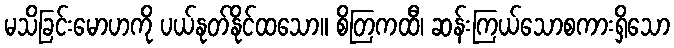
မသိခြင်းမောဟကို ပယ်နုတ်နိုင်ထသော။ စိတြကထီ၊ ဆန်းကြယ်သောစကားရှိသော